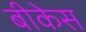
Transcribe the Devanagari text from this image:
बीकेस